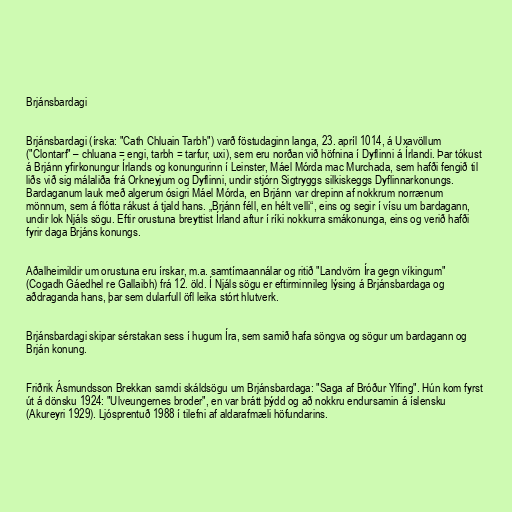
Brjánsbardagi

Brjánsbardagi (írska: "Cath Chluain Tarbh") varð föstudaginn langa, 23. apríl 1014, á Uxavöllum
("Clontarf" – chluana = engi, tarbh = tarfur, uxi), sem eru norðan við höfnina í Dyflinni á Írlandi. Þar tókust
á Brjánn yfirkonungur Írlands og konungurinn í Leinster, Máel Mórda mac Murchada, sem hafði fengið til
liðs við sig málaliða frá Orkneyjum og Dyflinni, undir stjórn Sigtryggs silkiskeggs Dyflinnarkonungs.
Bardaganum lauk með algerum ósigri Máel Mórda, en Brjánn var drepinn af nokkrum norrænum
mönnum, sem á flótta rákust á tjald hans. „Brjánn féll, en hélt velli“, eins og segir í vísu um bardagann,
undir lok Njáls sögu. Eftir orustuna breyttist Írland aftur í ríki nokkurra smákonunga, eins og verið hafði
fyrir daga Brjáns konungs.

Aðalheimildir um orustuna eru írskar, m.a. samtímaannálar og ritið "Landvörn Íra gegn víkingum"
(Cogadh Gáedhel re Gallaibh) frá 12. öld. Í Njáls sögu er eftirminnileg lýsing á Brjánsbardaga og
aðdraganda hans, þar sem dularfull öfl leika stórt hlutverk.

Brjánsbardagi skipar sérstakan sess í hugum Íra, sem samið hafa söngva og sögur um bardagann og
Brján konung.

Friðrik Ásmundsson Brekkan samdi skáldsögu um Brjánsbardaga: "Saga af Bróður Ylfing". Hún kom fyrst
út á dönsku 1924: "Ulveungernes broder", en var brátt þýdd og að nokkru endursamin á íslensku
(Akureyri 1929). Ljósprentuð 1988 í tilefni af aldarafmæli höfundarins.